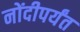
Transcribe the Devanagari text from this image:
नोंदीपर्यंत